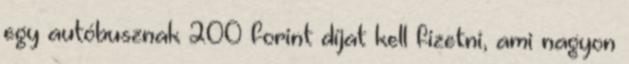
egy autóbusznak 200 forint díjat kell fizetni, ami nagyon